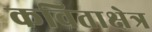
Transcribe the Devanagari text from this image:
कविताक्षेत्र